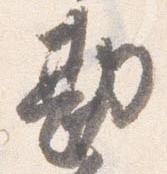
勘